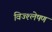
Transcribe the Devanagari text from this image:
विज्श्लेषण